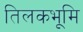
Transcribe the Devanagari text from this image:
तिलकभूमि